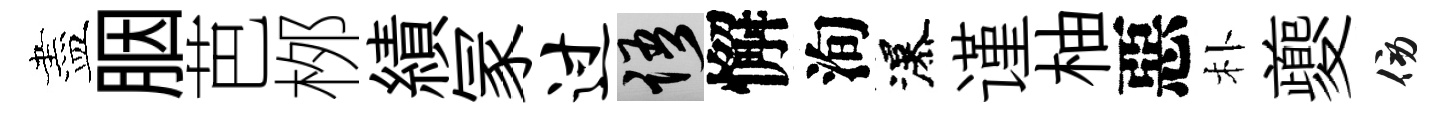
盡胭芭桞績冡过語懈洵瀑谨柚惡朴夔傍